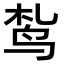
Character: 𫛠